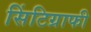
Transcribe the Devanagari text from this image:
सिंटिग्राफी